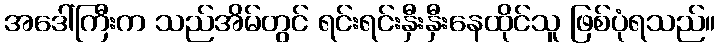
အဒေါ်ကြီးက သည်အိမ်တွင် ရင်းရင်းနှီးနှီးနေထိုင်သူ ဖြစ်ပုံရသည်။